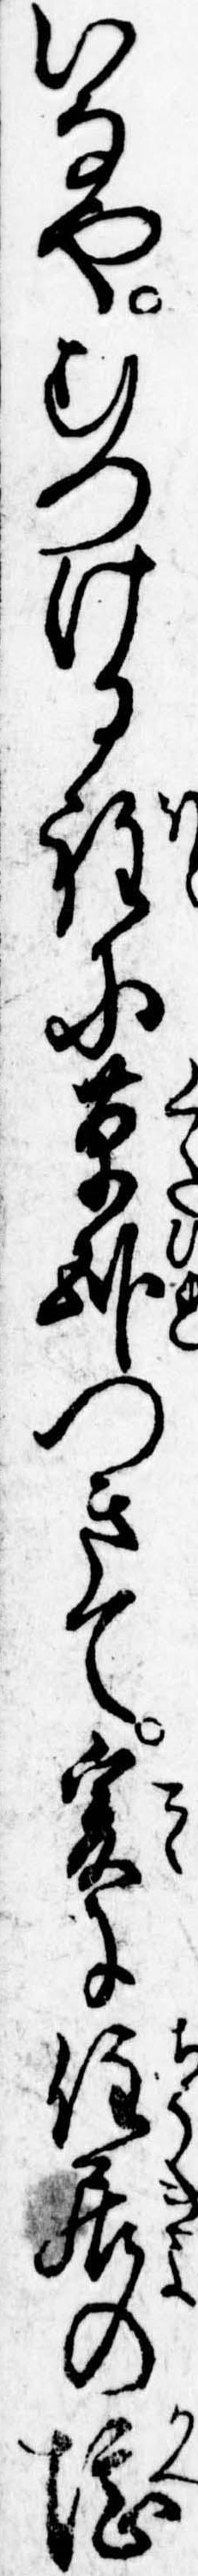
いなやむつける程に草臥つきて爰に住居の堪